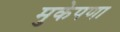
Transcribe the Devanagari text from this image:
मुकेपणा